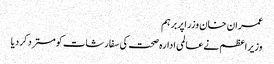
عمران خان وزراپربرہم
وزیراعظم نےعالمی ادارہ صحت کی سفارشات کومستردکردیا